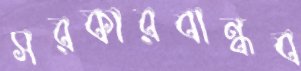
সরকারবান্ধব